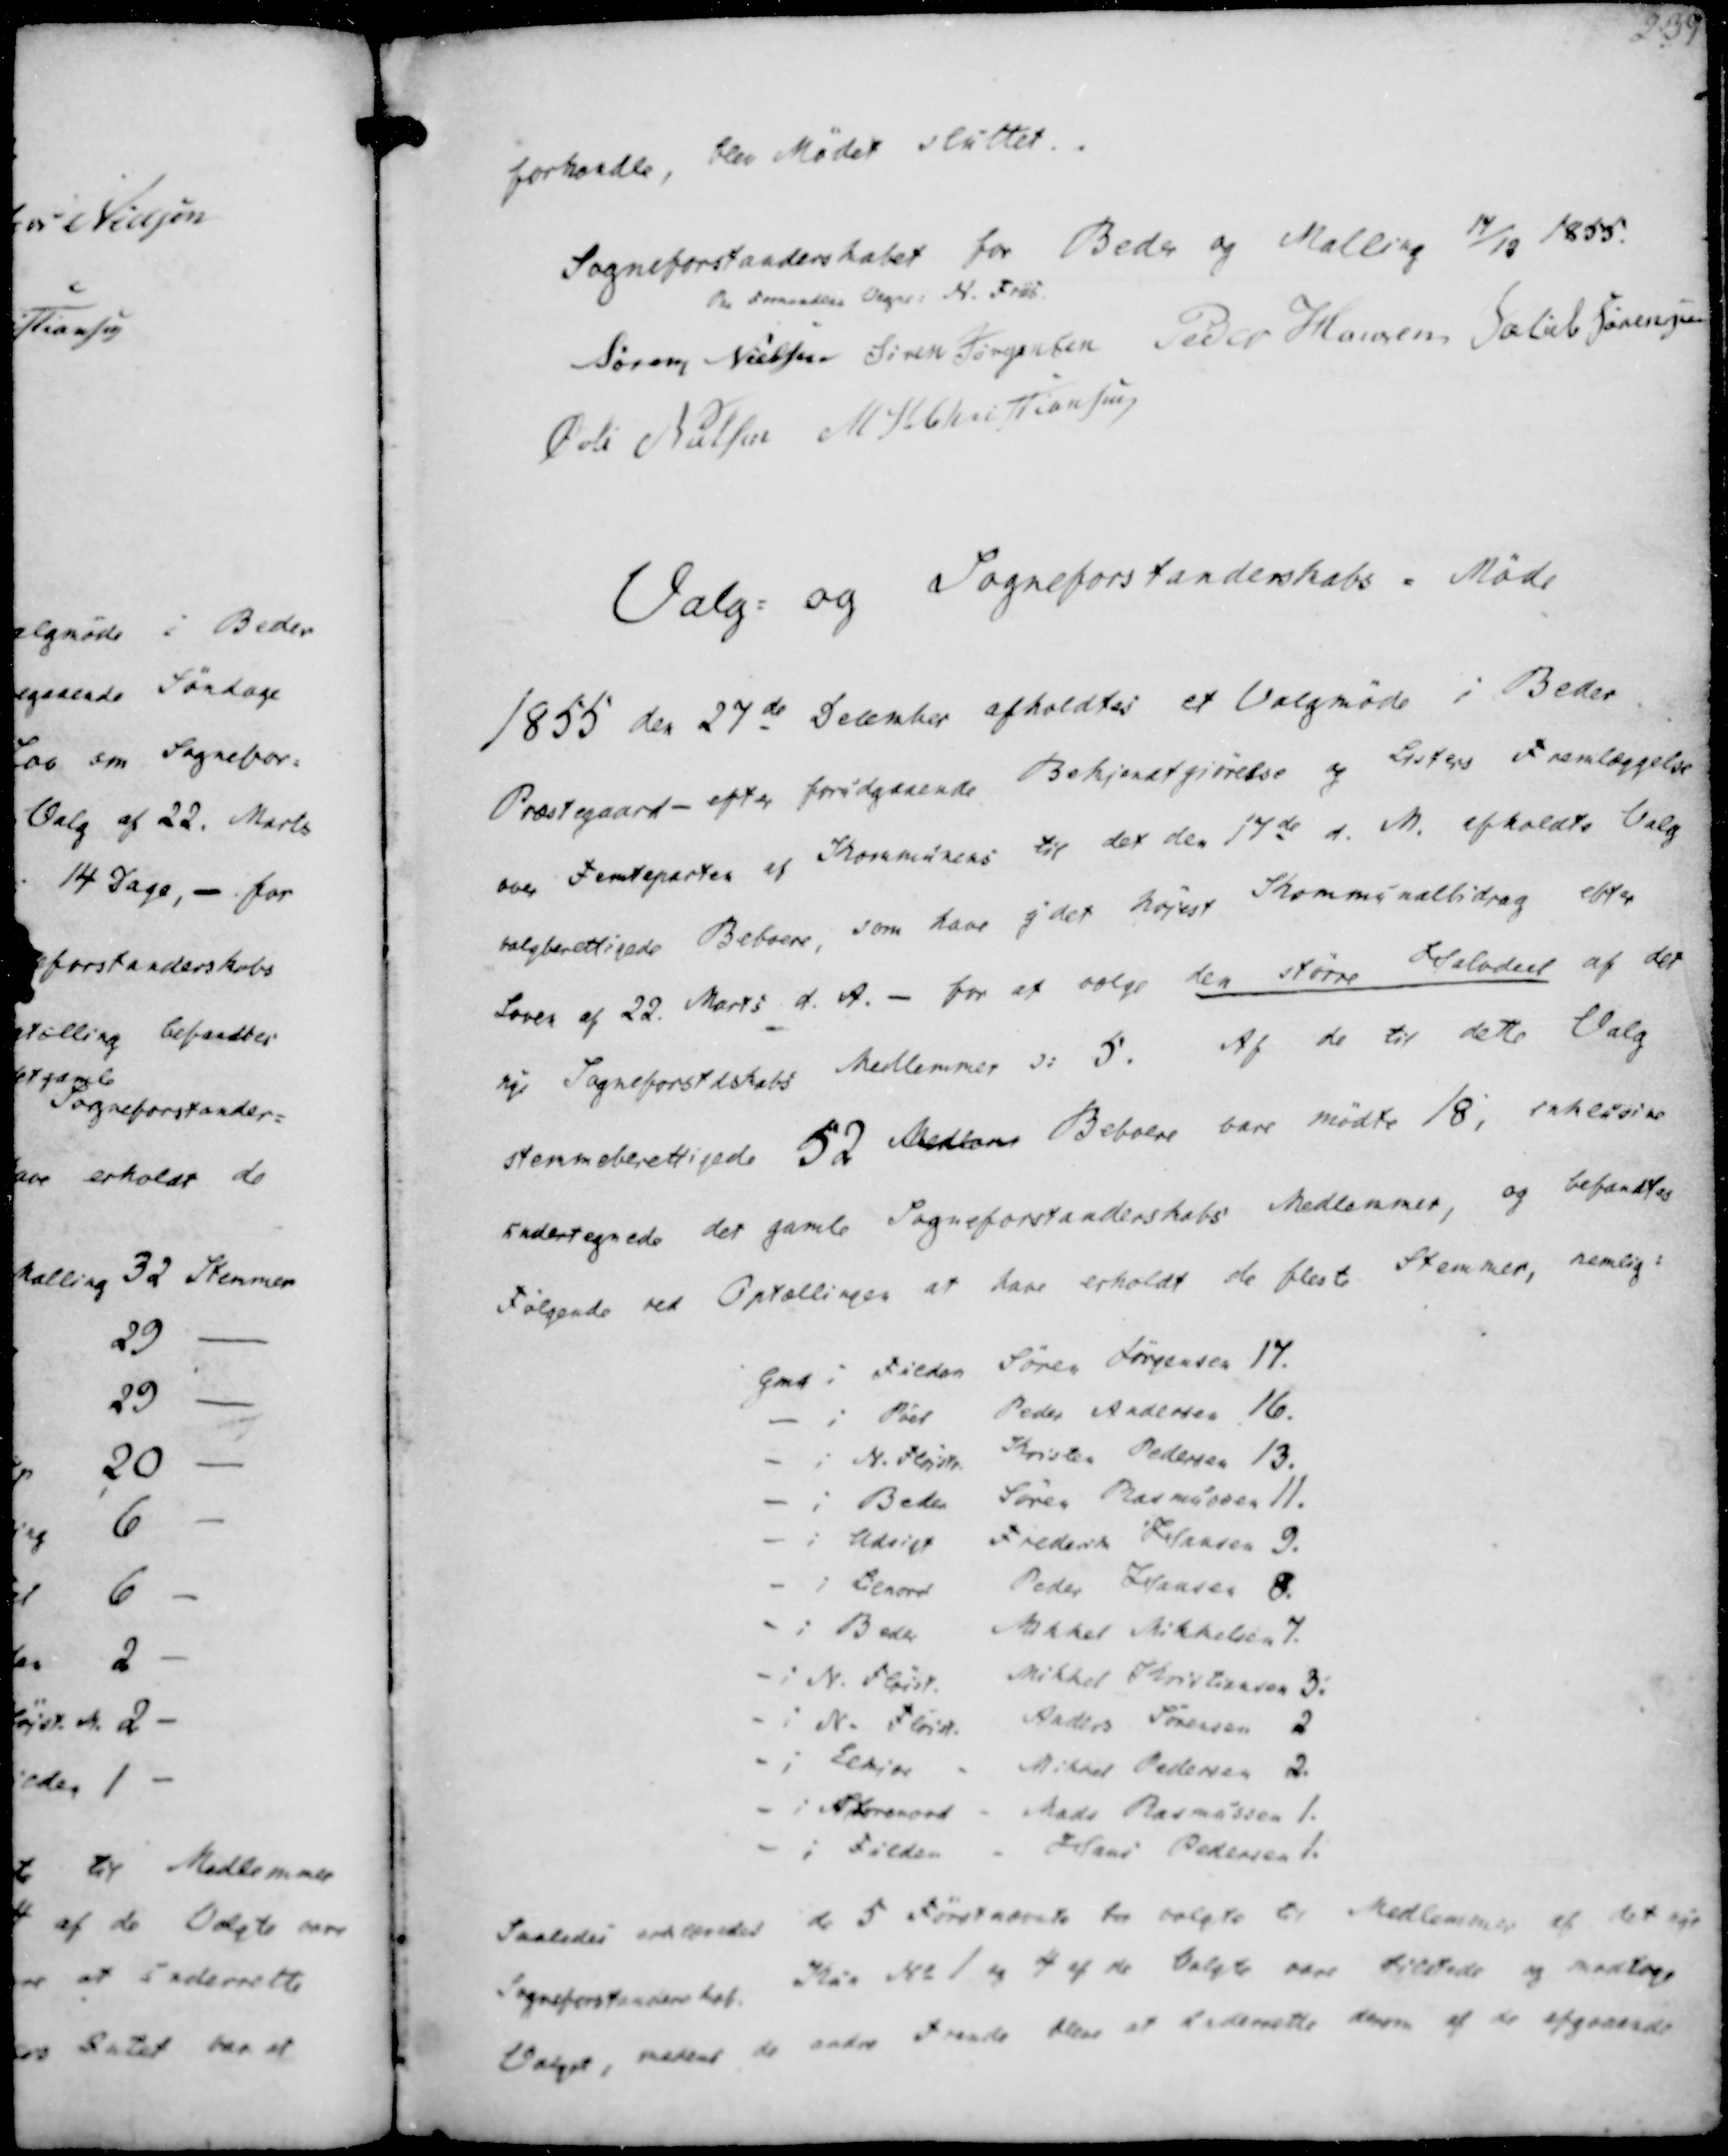
Transskription:
forhandle, blev Mødet sluttet.
Sogneforstanderskabet for Beder og Malling 17/12 1855.
Paa Formandens Vegne: N. Friis
Søren Nielsen
Søren Jørgensen
Peder Hansen
Jacob Sørensen
Øvli Nielsen
M. H. Christiansen

Valg- og Sogneforstanderskabs - Møde
1855 den 27de December afholdtes et Valgmøde i Beder
Præstegaard - efter forudgaaende Bekjendtgjørelse og Lister Fremlæggelse
over Femteparten af Kommunens til det den 17de d. M. afholdte Valg
valgberettigede Beboere, som have ej det højest Kommunalbidrag efter
Loven af 22. Marts d. A. - for at vælge den større Halvdeel af det
nye Sogneforstdskabs Medlemmer ↄ: 5. Af de til dette Valg
stemmeberettigede 52 Medlem Beboere vare mødte 18, inklusive
undertegnede det gamle Sogneforstanderskabs Medlemmer, og befandtes
Følgende ved Optællingen at have erholdt de fleste Stemmer, nemlig:

Gmd i Fulden Søren Jørgensen 17.
i Pøel Peder Andersen 16.
i N. Fløjstr Kristen Pedersen 13.
i Beder Søren Rasmussen 11.
I Udsigt Frederik Hansen 9.
i Lilnord Peder Hansen 8.
i Beder Mikkel Mikkelsen 7.
i N. Fløjst. Mikkel Christiansen 3.
I N. Fløjst. Anders Sørensen 2
i Kekjær - Mikkel Pedersen 2.
i Storenord - Mads Rasmussen 1.
i Fulden - Hans Pedersen 1.

Saaledes erklæredes de 5 Førstnævnte for valgte til Medlemmer af det nye
Sogneforstanderskab. Kun No 1 og 4 af de Valgte være tilstede og modtage
Valget, medens de andre trende bleve at underette derom af de afgaaende